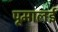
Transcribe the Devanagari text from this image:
पूमालई